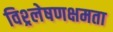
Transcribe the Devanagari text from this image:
विश्र्लेषणक्षमता